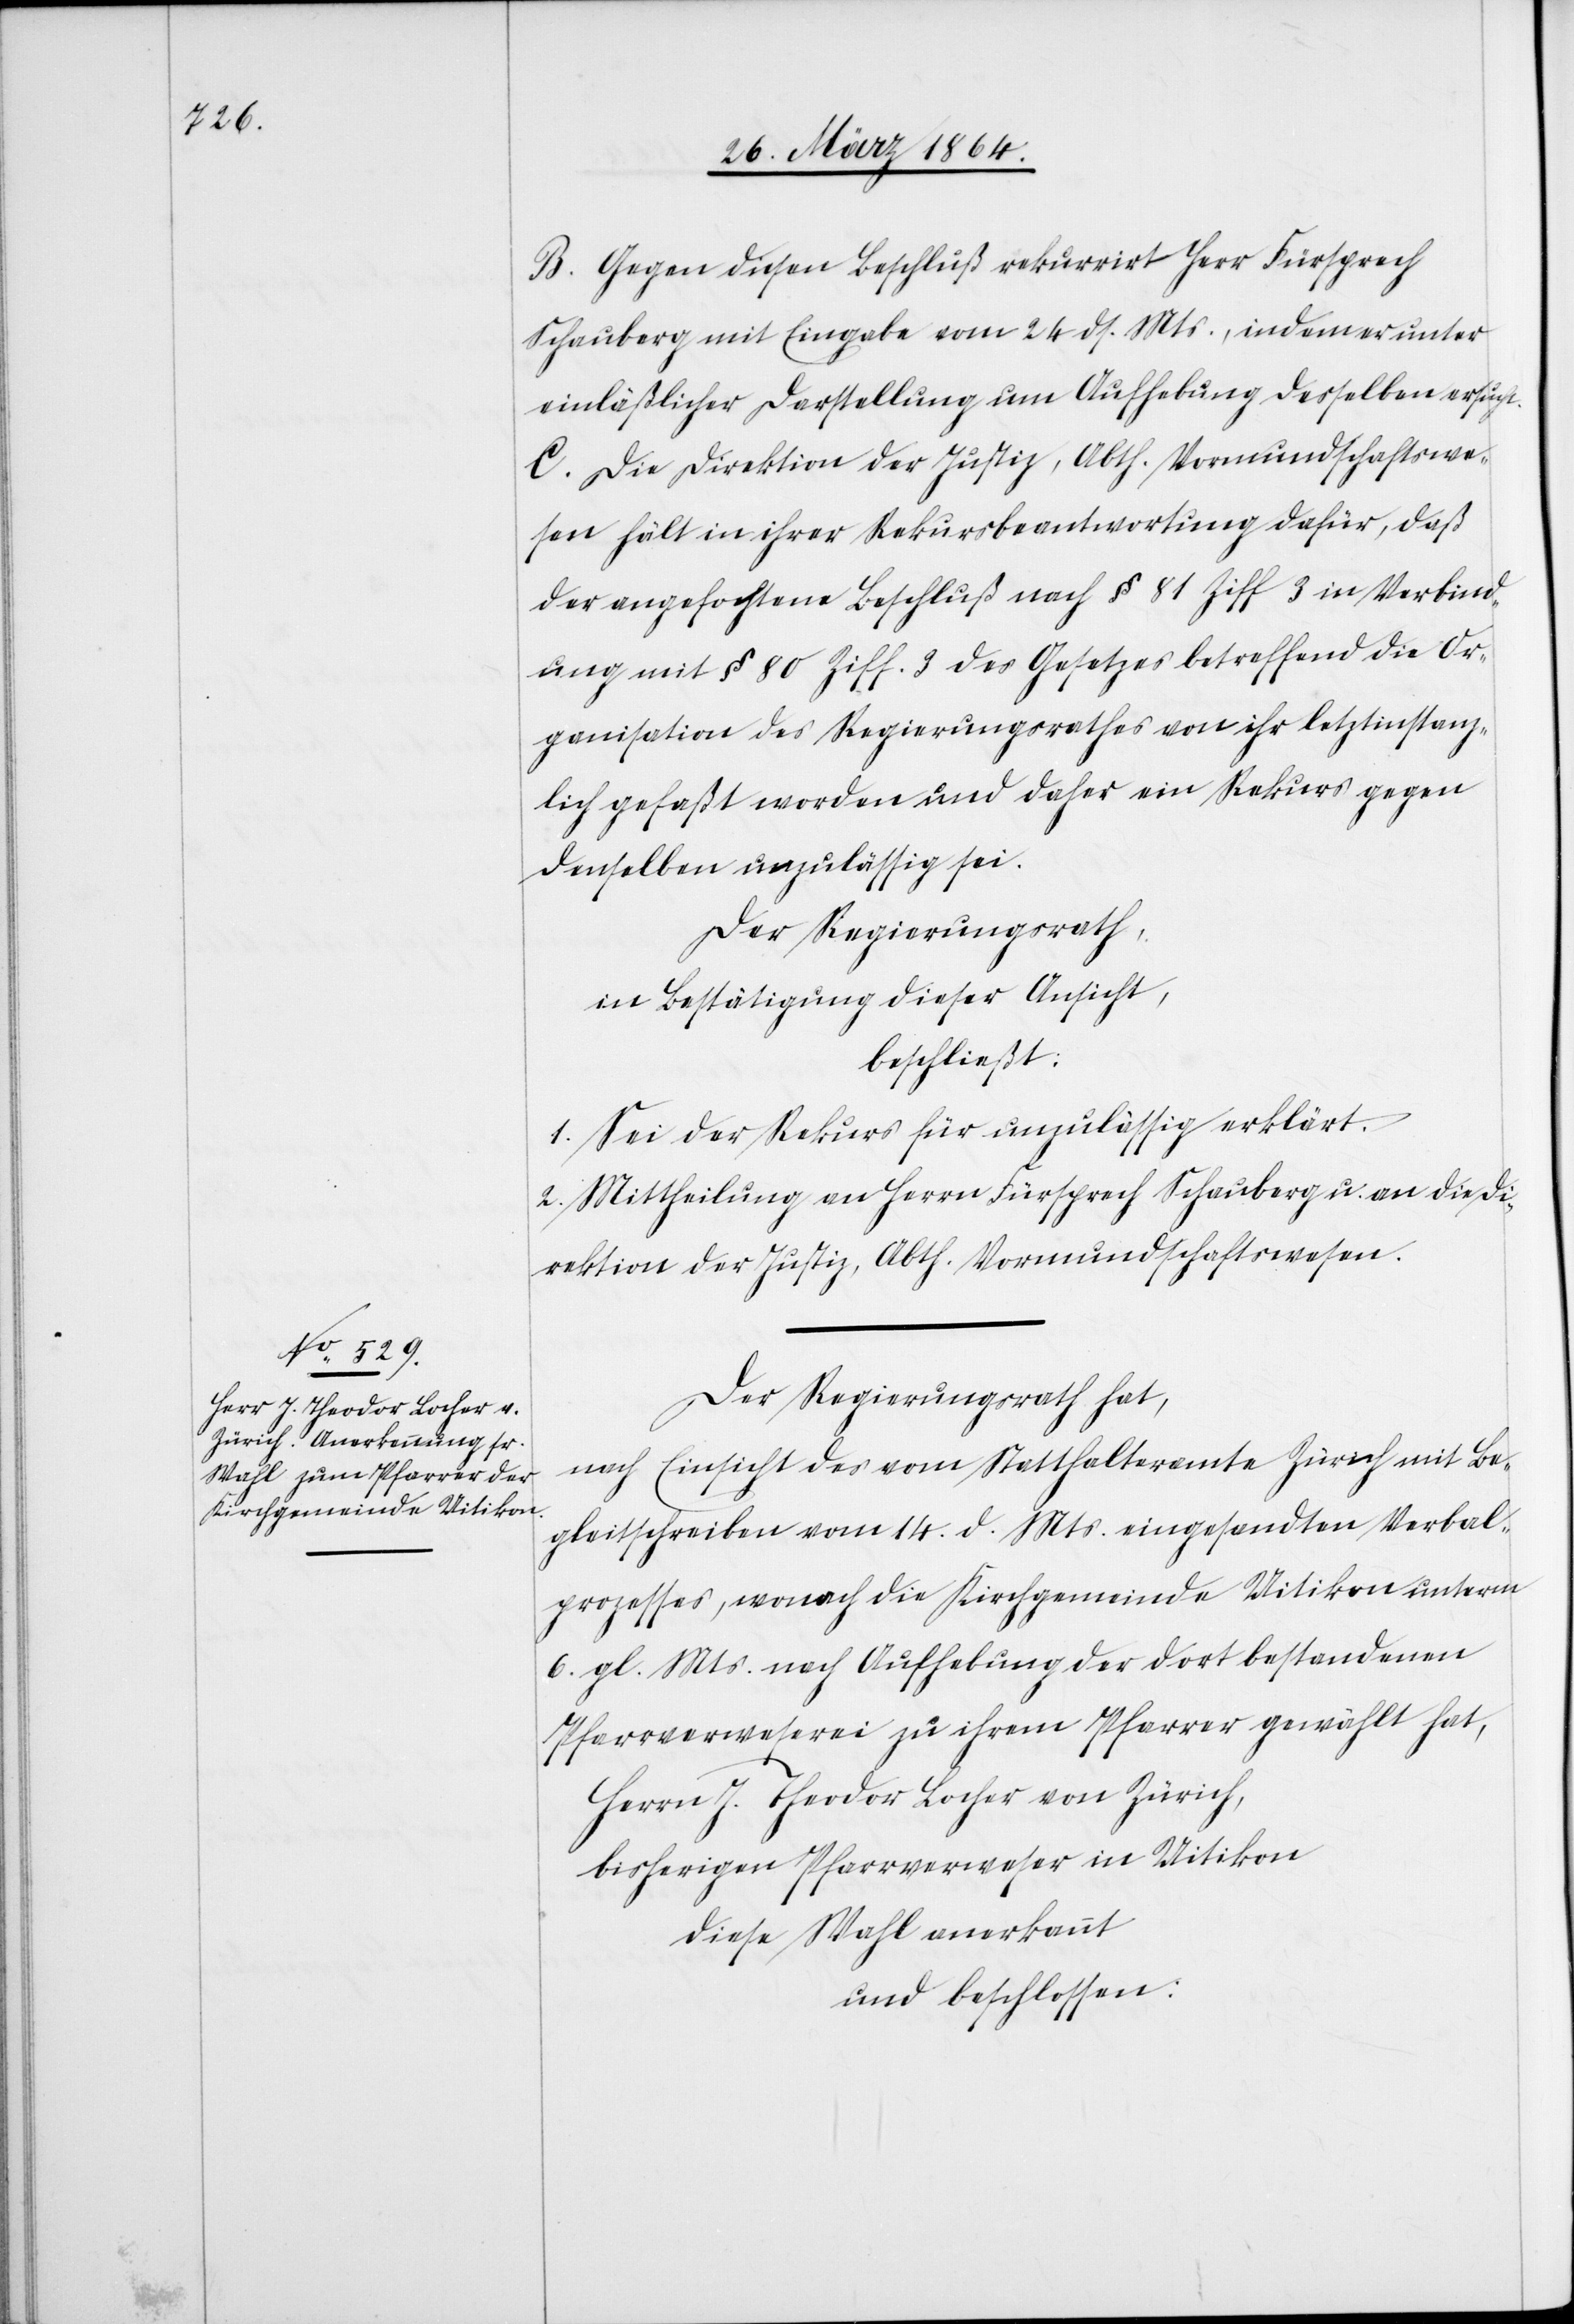
B. Gegen diesen Beschluß rekurrirt Herr Fürsprech
Schauberg mit Eingabe vom 24. ds. Mts., indem er unter
einläßlicher Darstellung um Aufhebung desselben ersucht.
C. Die Direktion der Justiz, Abth. Vormundschaftswe¬
sen hält in ihrer Rekursbeantwortung dafür, daß
der angefochtene Beschluß nach § 81 Ziff 3 in Verbind¬
ung mit § 80 Ziff. 3 des Gesetzes betreffend die Or¬
ganisation des Regierungsrathes von ihr letztinstanz¬
lich gefaßt worden und daher ein Rekurs gegen
denselben unzulässig sei.
Der Regierungsrath,
in Bestätigung dieser Ansicht,
beschließt:
1. Sei der Rekurs für unzulässig erklärt.
2. Mittheilung an Herrn Fürsprech Schauberg u. an die Di¬
rektion der Justiz, Abth. Vormundschaftswesen.
Der Regierungsrath hat,
nach Einsicht des vom Statthalteramte Zürich mit Be¬
gleitschreiben vom 14. d. Mts. eingesandten Verbal¬
prozesses, wonach die Kirchgemeinde Uitikon unterm
6. gl. Mts. nach Aufhebung der dort bestandenen
Pfarrverweserei zu ihrem Pfarrer gewählt hat,
Herrn J. Theodor Locher von Zürich,
bisherigen Pfarrverweser in Uitikon
diese Wahl anerkannt
und beschlossen: